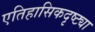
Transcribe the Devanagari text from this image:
एतिहासिकदृष्ट्या